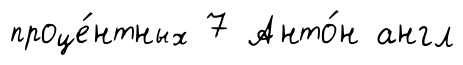
проце́нтных 7 Анто́н англ